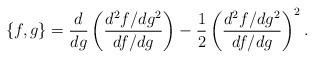
\begin{align*}\{f,g\} = \frac{d}{dg} \left( \frac{d^2f/dg^2}{df/dg} \right) - \frac{1}{2} \left(\frac{d^2f/dg^2}{df/dg} \right)^2.\end{align*}